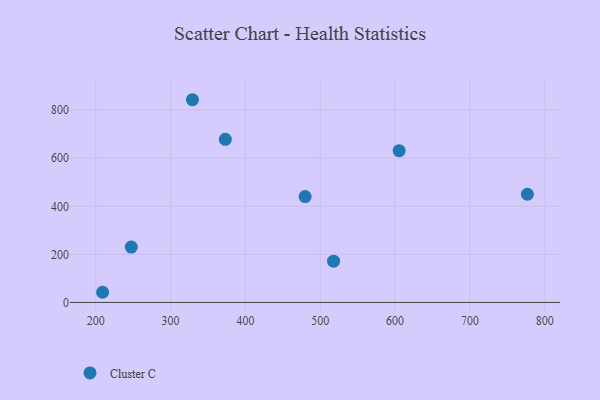
{"axis": {"x": "Ad Spend", "y": "Yield"}, "legend": ["Cluster C"], "data": [{"x": "479.8", "y": 440.3, "type": "Cluster C"}, {"x": "605.4", "y": 631.3, "type": "Cluster C"}, {"x": "517.8", "y": 171.6, "type": "Cluster C"}, {"x": "209.3", "y": 42.3, "type": "Cluster C"}, {"x": "329.3", "y": 843.5, "type": "Cluster C"}, {"x": "247.6", "y": 230.4, "type": "Cluster C"}, {"x": "776.7", "y": 450.2, "type": "Cluster C"}, {"x": "373.2", "y": 678.9, "type": "Cluster C"}]}